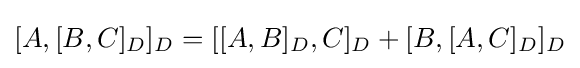
[A,[B,C]_{D}]_{D}=[[A,B]_{D},C]_{D}+[B,[A,C]_{D}]_{D}